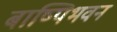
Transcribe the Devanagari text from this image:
बाष्पिभवन